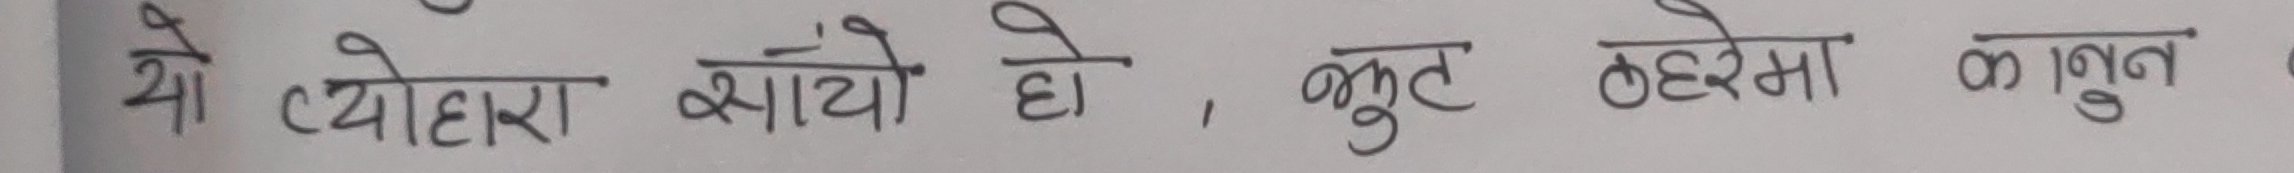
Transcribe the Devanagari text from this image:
यो त्योहरा आयौ हो, बुट ठहरमा कानुन